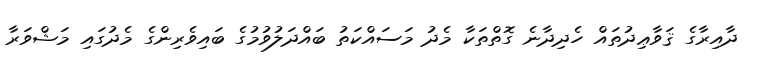
ދާއިރާގެ ޤަވާޢިދުތައް ހެދިދާނެ ގޮތްތަކާ މެދު މަސައްކަތު ބައްދަލުވުމުގެ ބައިވެރިންގެ މެދުގައި މަޝްވަރާ